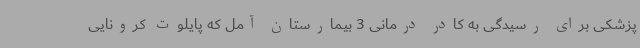
پزشکی برای رسیدگی به کادر درمانی 3 بیمارستان آمل که پایلوت کرونایی